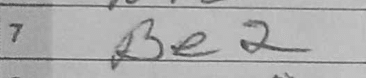
Transcription: Be2